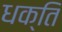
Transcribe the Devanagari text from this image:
धक्ति